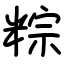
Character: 粽